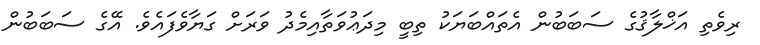
ރިވެތި އަޚްލާޤުގެ ސަބަބުން އެތައްބަޔަކު ތިބީ މިދަޢުވަތާއިމެދު ވަރަށް ގަޔާވެފައެވެ. އޭގެ ސަބަބުން